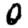
Digit: 0